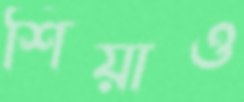
শিয়াও